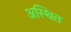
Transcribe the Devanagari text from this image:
अस्थित